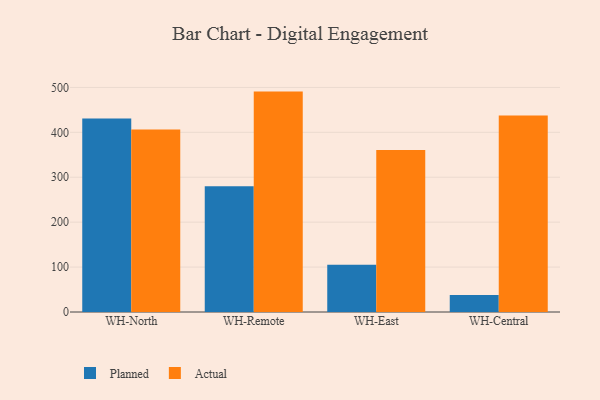
{"axis": {"x": "Warehouse", "y": "Operating Costs (USD K)"}, "legend": ["Actual", "Planned"], "data": [{"x": "WH-North", "y": 431.0, "type": "Planned"}, {"x": "WH-North", "y": 406.3, "type": "Actual"}, {"x": "WH-Remote", "y": 280.2, "type": "Planned"}, {"x": "WH-Remote", "y": 490.7, "type": "Actual"}, {"x": "WH-East", "y": 105.1, "type": "Planned"}, {"x": "WH-East", "y": 360.7, "type": "Actual"}, {"x": "WH-Central", "y": 37.6, "type": "Planned"}, {"x": "WH-Central", "y": 437.3, "type": "Actual"}]}